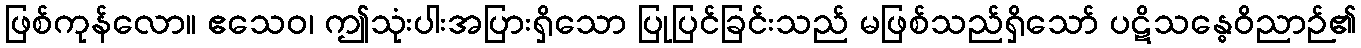
ဖြစ်ကုန်လော။ ဧသေဝ၊ ဤသုံးပါးအပြားရှိသော ပြုပြင်ခြင်းသည် မဖြစ်သည်ရှိသော် ပဋိသန္ဓေဝိညာဉ်၏